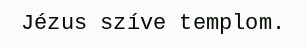
Jézus szíve templom.